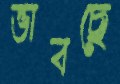
ভাবছে